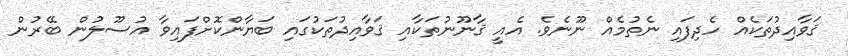
ޤަވާއިދުތަކެއް ހެދިފައި ނެތުމެއް ނޫނެވެ. އެއީ ޤާނޫނުތަކާއި ޤަވާއިދުތަކުގައި ބަޔާންކޮށްފައިވާ އުސޫލުން ބޭރުން